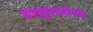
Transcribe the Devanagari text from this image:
परशुरामांच्या